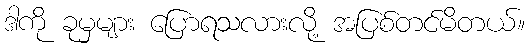
ဒါကို ခုမှများ ပြောရသလားလို့ အပြစ်တင်မိတယ်။